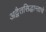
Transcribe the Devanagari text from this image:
अद्वैतसिद्धान्ताचे